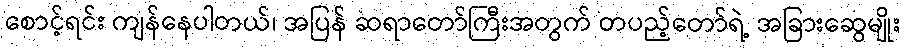
စောင့်ရင်း ကျန်နေပါတယ်၊ အပြန် ဆရာတော်ကြီးအတွက် တပည့်တော်ရဲ့ အခြားဆွေမျိုး